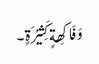
وَ فَاکِھةٍ کَثِیْرَةٍ ۔